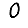
Digit: 0